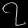
Digit: ၇